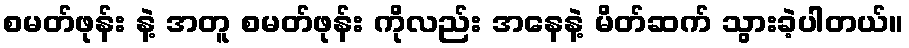
စမတ်ဖုန်း နဲ့ အတူ စမတ်ဖုန်း ကိုလည်း အနေနဲ့ မိတ်ဆက် သွားခဲ့ပါတယ်။